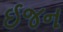
ઈજન